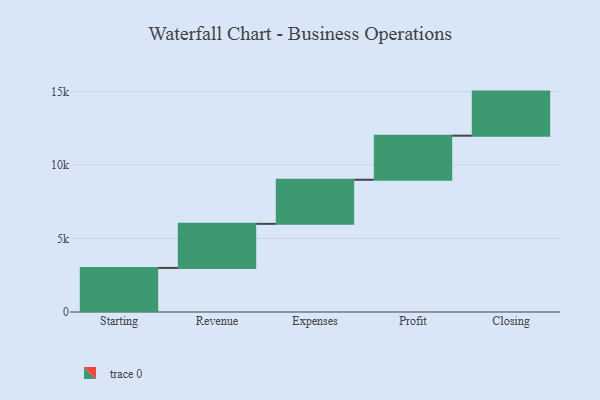
{"axis": {"x": "Step", "y": "Value"}, "legend": [""], "data": [{"x": "Starting", "y": 3000, "type": ""}, {"x": "Revenue", "y": 3000, "type": ""}, {"x": "Expenses", "y": 3000, "type": ""}, {"x": "Profit", "y": 3000, "type": ""}, {"x": "Closing", "y": 3000, "type": ""}]}